Vaccination in the Punjab 1867-1880 - 1867-1880
Year: 1867
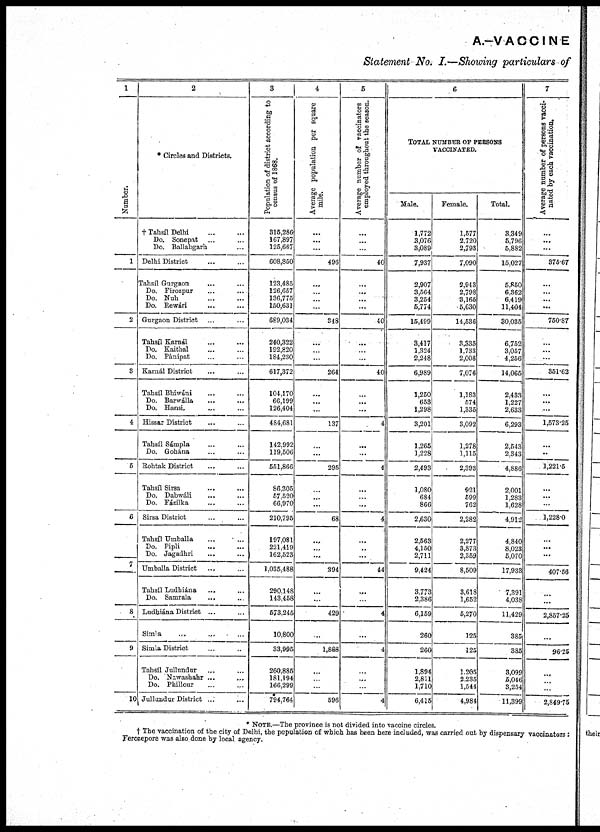
A.-VACCINE
Statement No. I.—Showing particulars of
1
Number.
1
2
3
4
5
6
7
8
9
10
2
* Circles and Districts.
† Tahsíl Delhi ... ...
Do. Sonepat ... ...
Do. Ballabgarh ...
Delhi District ... ...
Tahsíl Gurgaon ... ...
Do. Firozpur ... ...
Do. Nuh
...
...
Do. Rewárí
Gurgaon District ... ...
Tahsíl Kamál ... ...
Do. Kaithal ... ...
Do. Pánipat ... ...
Karnál District ... ...
Tahsíl Bhiwáni ... ...
Do. Barwálla ... ...
Do. Hansi. ... ...
Hissar District ... ...
Tahsíl Sámpla ... ...
Do. Gohána ... ...
Rohtak District ... ...
Tahsíl Sirsa ... ...
Do. Dabwàli ... ...
Do. Fázilka ... ...
Sirsa District ... ...
Tahsíl Umballa ... ...
Do. Pipli ... ...
Do. Jagadhri ... ...
Umballa District ... ...
Tahsíl Ludbiána ... ...
Do. Samrala ... ...
Ludbiána District ... ...
Simla ... ...
Simla District ... ...
Tahsíl Jullundur ... ...
Do. Nawashahr ... ...
Do. Phillour ... ...
Jullundur District ... ...
3
Population of district according to
census of 1868.
315,286
167,897
125,667
608,850
123,485
126,657
136,775
150,631
689,034
240,322
192,820
184,230
617,372
104,170
66,199
126,404
484,681
142,992
119,506
551,866
86,305
57,520
66,970
210,795
197,081
221,419
162,523
1,035,488
290,148
143,458
573,245
10,800
33,995
260,885
181,194
166,299
794,764
4
Average population per square
mile.
...
...
...
496
...
...
...
...
348
...
...
...
264
...
...
...
137
...
...
295
...
...
...
68
...
...
...
394
...
...
429
...
1,888
...
...
...
596
5
Average number of vaccinators
employed throughout the season.
...
...
...
40
...
...
...
...
40
...
...
...
40
...
...
...
4
...
...
4
...
...
...
4
...
..
...
44
...
...
4
...
4
...
...
...
4
6
TOTAL NUMBER OF PERSONS
VACCINATED.
Male.
1,772
3,076
3,089
7,937
2,907
3,564
3,254
5,774
15,499
3,417
1,324
2,248
6,989
1,250
653
1,298
3,201
1,265
1,228
2,493
1,080
684
866
2,630
2,563
4,150
2,711
9,424
3,773
2,386
6,159
260
260
1,894
2,811
1,710
6,415
Female.
1,577
2,720
2,793
7,090
2,943
2,798
3,165
5,630
14,536
3,335
1,733
2,008
7,076
1,183
574
1,335
3,092
1,278
1,115
2,393
921
599
762
2,282
2,277
3,873
2,359
8,509
3,618
1,652
5,270
125
125
1,205
2,235
1,544
4,984
Total.
3,349
5,796
5,882
15,027
5,850
6,362
6,419
11,404
30,035
6,752
3,057
4,256
14,065
2,433
1,227
2,633
6,293
2,543
2,343
4,886
2,001
1,283
1,628
4,912
4,840
8,023
5,070
17,933
7,391
4,038
11,429
385
385
3,099
5,046
3,254
11,399
7
Average number of persons vacci-
nated by each vaccination.
...
...
...
375.67
...
...
...
...
750.87
...
...
...
351.62
...
...
...
1,573.25
...
..
1,221.5
...
...
...
1,228.0
...
...
...
407.56
...
...
2,857.25
...
96.25
...
...
...
2,849.75
* NOTE.—The province is not divided into vaccine circles.
† The vaccination of the city of Delhi, the population of which has been here included, was carried out by dispensary vaccinators :
Ferozepore was also done by local agency.